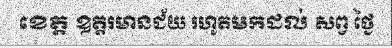
ខេត្ត ឧត្តរមានជ័យ រហូតមកដល់ សព្វ ថ្ងៃ